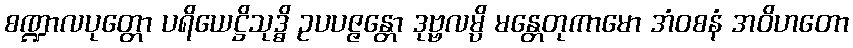
စဏ္ဍာလပုတ္တော ပရိယေဋ္ဌိသုဒ္ဓိ ဥပပဇ္ဇန္တော ဒုဗ္ဗလမ္ပိ မန္တေတုကာမော အံဝစနံ အဝိဟတော